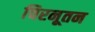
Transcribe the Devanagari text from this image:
चिरनूतन